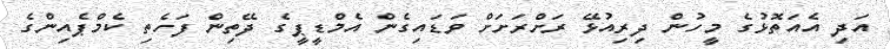
އަދި އެއަތޮޅުގެ މީހުން ދިރިއުޅޭ ރަށްރަށަށް ވަޑައިގެން އެމްޑީޕީގެ ދޭތިން ފަހެތި ކެމްޕެއިންގެ